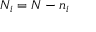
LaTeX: N _ { i } = N - n _ { i }